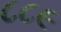
૮૮૯